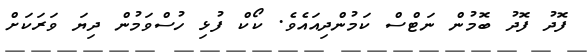
ފޮދު ފޮދު ބޮމުން ނަޓްސް ކަމުންދިއައެވެ. ކޯކް ފުޅި ހުސްވަމުން ދިޔަ ވަރަކަށް